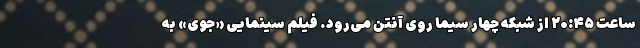
ساعت ۲۰:۴۵ از شبکه چهار سیما روی آنتن می‌رود. فیلم سینمایی «جوی» به